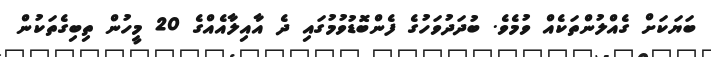
ބަޔަކަށް ގެއްލުންތަކެއް ވުމެވެ. ބުދަދުވަހުގެ ފެންބޮޑުވުމުގައި ދެ އާއިލާއެއްގެ 20 މީހުން ތިބިގެތަކުން